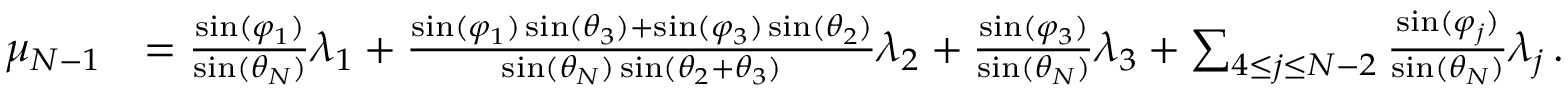
\begin{array} { r l } { \mu _ { N - 1 } } & { = { \frac { \sin ( \varphi _ { 1 } ) } { \sin ( \theta _ { N } ) } } \lambda _ { 1 } + { \frac { \sin ( \varphi _ { 1 } ) \sin ( \theta _ { 3 } ) + \sin ( \varphi _ { 3 } ) \sin ( \theta _ { 2 } ) } { \sin ( \theta _ { N } ) \sin ( \theta _ { 2 } + \theta _ { 3 } ) } } \lambda _ { 2 } + { \frac { \sin ( \varphi _ { 3 } ) } { \sin ( \theta _ { N } ) } } \lambda _ { 3 } + \sum _ { 4 \leq j \leq N - 2 } { \frac { \sin ( \varphi _ { j } ) } { \sin ( \theta _ { N } ) } } \lambda _ { j } \, . } \end{array}